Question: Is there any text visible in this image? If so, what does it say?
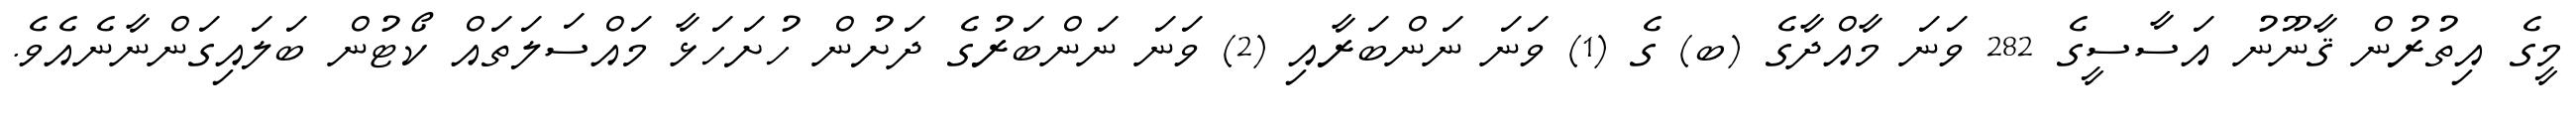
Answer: މީގެ އިތުރުން ޤާނޫނު އަސާސީގެ 282 ވަނަ މާއްދާގެ (ބ) ގެ (1) ވަނަ ނަންބަރާއި (2) ވަނަ ނަންބަރުގެ ދަށުން ހުށަހަޅާ މައްސަލަތައް ކޯޓުން ބަލައިގަންނާނެއެވެ.